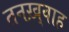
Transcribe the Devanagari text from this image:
तनख़्वाह